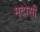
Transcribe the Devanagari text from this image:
मदोसी